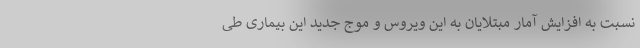
نسبت به افزایش آمار مبتلایان به این ویروس و موج جدید این بیماری طی